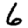
Digit: 6